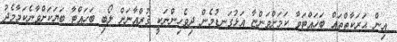
އިން ޙަރަކާތްތައް ބަހައްޓަވާ ކަމަށްވަންޏާ އަޅުގަނޑުމެން ދިވެހިންނަކީ ޤުރްއާނަށް ލޯބި ބަހައްޓާ ބަޔަކަށްވާނެކަމާމެދު